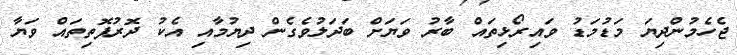
ޖެހެމުންދިޔަ މަޑުމަޑު ވައިރޯޅިތައް ބާރު ވަޔަށް ބަދަލުވެގެން ދިޔުމާއި އެކު ދޮރުފޮތިތައް ވަޔާ